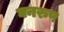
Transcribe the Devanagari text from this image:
घनरुप